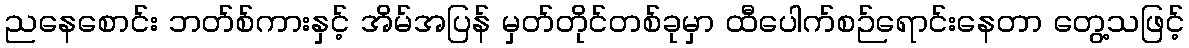
ညနေစောင်း ဘတ်စ်ကားနှင့် အိမ်အပြန် မှတ်တိုင်တစ်ခုမှာ ထီပေါက်စဉ်ရောင်းနေတာ တွေ့သဖြင့်